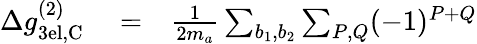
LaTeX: \begin{array}{rlr}{\Delta g_{\mathrm{3el,C}}^{(2)}}&{{}=}&{\frac{1}{2m_{a}}\sum_{b_{1},b_{2}}\sum_{P,Q}(-1)^{P+Q}}\end{array}